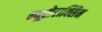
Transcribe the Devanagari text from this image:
न्यूरोटाक्सिन